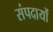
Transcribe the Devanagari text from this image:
संपदायों